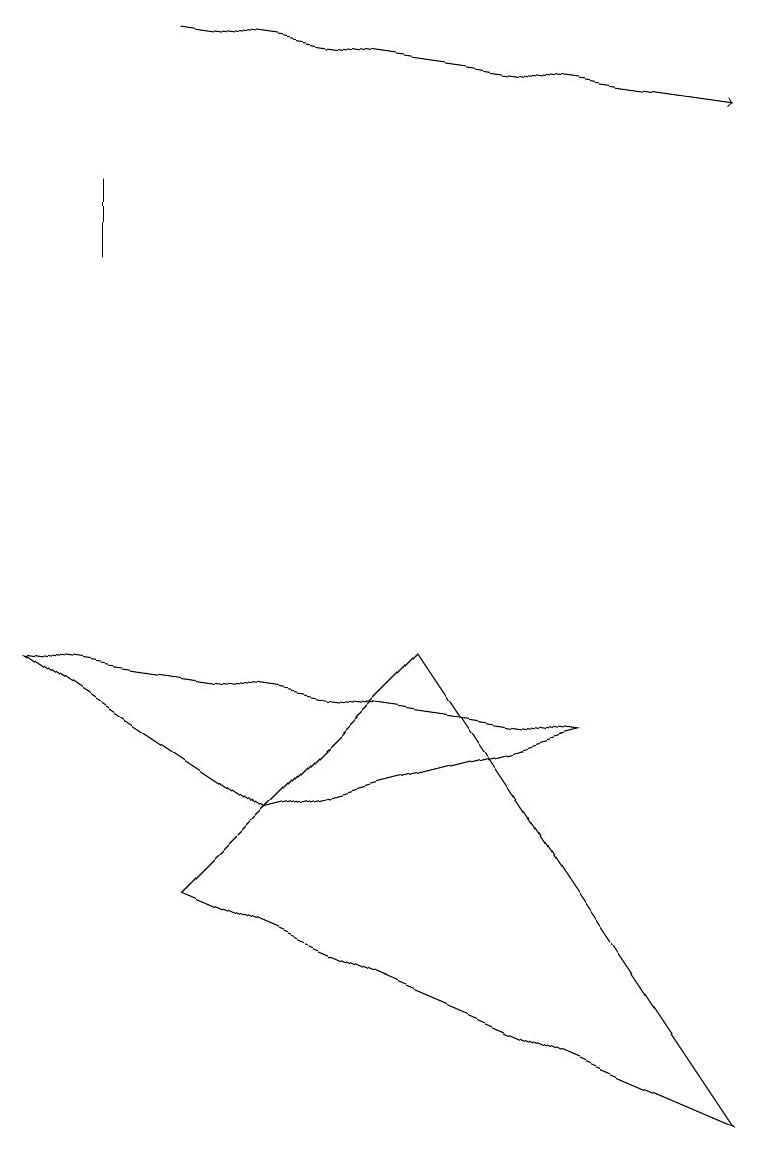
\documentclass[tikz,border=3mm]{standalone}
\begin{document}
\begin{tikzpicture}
\draw (1,12) rectangle (1,13);
\draw[->] (2,15) -- (9,14);
\draw (0,7) -- (3,5) -- (7,6) -- cycle;
\draw (9,1) -- (2,4) -- (5,7) -- cycle;
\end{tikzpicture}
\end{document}